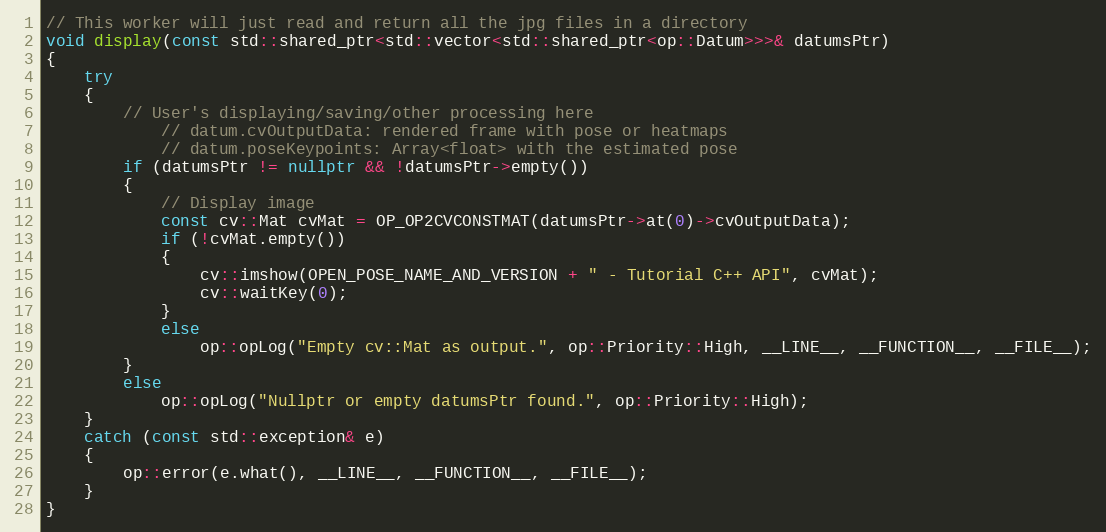
Language: C++
// This worker will just read and return all the jpg files in a directory
void display(const std::shared_ptr<std::vector<std::shared_ptr<op::Datum>>>& datumsPtr)
{
    try
    {
        // User's displaying/saving/other processing here
            // datum.cvOutputData: rendered frame with pose or heatmaps
            // datum.poseKeypoints: Array<float> with the estimated pose
        if (datumsPtr != nullptr && !datumsPtr->empty())
        {
            // Display image
            const cv::Mat cvMat = OP_OP2CVCONSTMAT(datumsPtr->at(0)->cvOutputData);
            if (!cvMat.empty())
            {
                cv::imshow(OPEN_POSE_NAME_AND_VERSION + " - Tutorial C++ API", cvMat);
                cv::waitKey(0);
            }
            else
                op::opLog("Empty cv::Mat as output.", op::Priority::High, __LINE__, __FUNCTION__, __FILE__);
        }
        else
            op::opLog("Nullptr or empty datumsPtr found.", op::Priority::High);
    }
    catch (const std::exception& e)
    {
        op::error(e.what(), __LINE__, __FUNCTION__, __FILE__);
    }
}